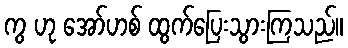
ကွ ဟု အော်ဟစ် ထွက်ပြေးသွားကြသည်။